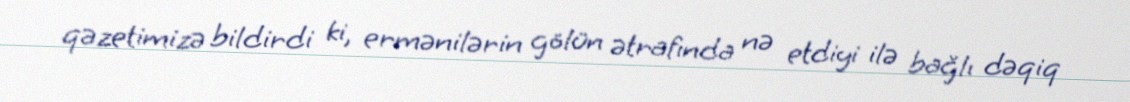
qəzetimizə bildirdi ki, ermənilərin gölün ətrafında nə etdiyi ilə bağlı dəqiq